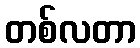
တစ်လတာ